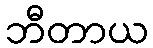
ဘီတာယ